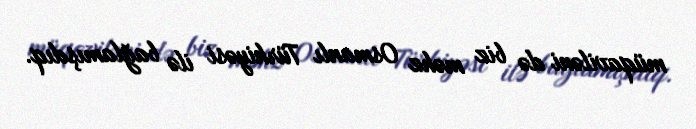
müqaviləni də biz məhz Osmanlı Türkiyəsi ilə bağlamışdıq.